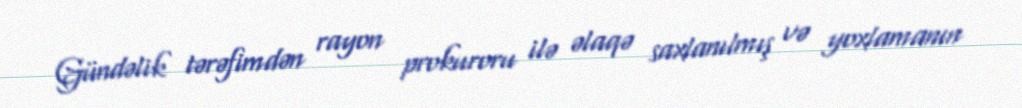
Gündəlik tərəfimdən rayon prokuroru ilə əlaqə saxlanılmış və yoxlamanın